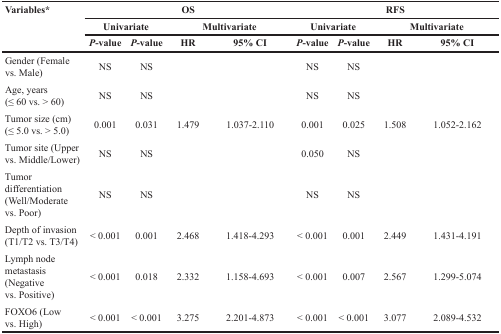
| <ROWSPAN=3> Variables* | <COLSPAN=4> OS | <COLSPAN=4> RFS |
 | <COLSPAN=2> Univariate | <COLSPAN=2> Multivariate | <COLSPAN=2> Univariate | <COLSPAN=2> Multivariate |
 | P-value | P-value | HR | 95% CI | P-value | P-value | HR | 95% CI |
 | --- | --- | --- | --- | --- | --- | --- | --- | --- |
 | Gender (Female vs. Male) | NS | NS |  |  | NS | NS |  |  |
 | Age, years (≤ 60 vs. > 60) | NS | NS |  |  | NS | NS |  |  |
 | Tumor size (cm) (≤ 5.0 vs. > 5.0) | 0.001 | 0.031 | 1.479 | 1.037-2.110 | 0.001 | 0.025 | 1.508 | 1.052-2.162 |
 | Tumor site (Upper vs. Middle/Lower) | NS | NS |  |  | 0.050 | NS |  |  |
 | Tumor differentiation (Well/Moderate vs. Poor) | NS | NS |  |  | NS | NS |  |  |
 | Depth of invasion (T1/T2 vs. T3/T4) | < 0.001 | 0.001 | 2.468 | 1.418-4.293 | < 0.001 | 0.001 | 2.449 | 1.431-4.191 |
 | Lymph node metastasis (Negative vs. Positive) | < 0.001 | 0.018 | 2.332 | 1.158-4.693 | < 0.001 | 0.007 | 2.567 | 1.299-5.074 |
 | FOXO6 (Low vs. High) | < 0.001 | < 0.001 | 3.275 | 2.201-4.873 | < 0.001 | < 0.001 | 3.077 | 2.089-4.532 |